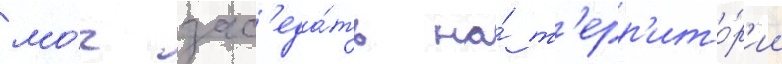
мо́г зас'еда́ть на́ т'ерр'ито́р'ии